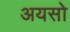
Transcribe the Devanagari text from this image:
अयसो